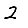
Digit: 2